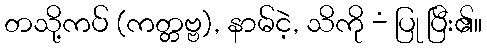
တသို့ကပ် (ကတ္တဗ္ဗ), နာမ်ငဲ့, သိကို -ံ ပြု ပြီး၏။